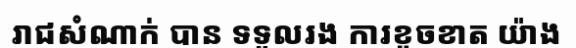
រាជសំណាក់ បាន ទទួលរង ការខូចខាត យ៉ាង